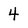
Character: 4